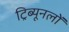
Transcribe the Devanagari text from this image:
ट्रिब्यूनलों